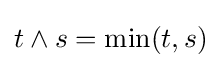
t\wedge s=\min(t,s)